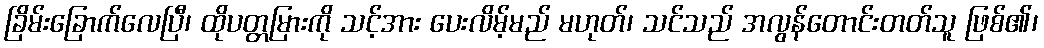
ခြိမ်းခြောက်လေပြီ၊ ထိုပတ္တမြားကို သင့်အား ပေးလိမ့်မည် မဟုတ်၊ သင်သည် အလွန်တောင်းတတ်သူ ဖြစ်၏၊